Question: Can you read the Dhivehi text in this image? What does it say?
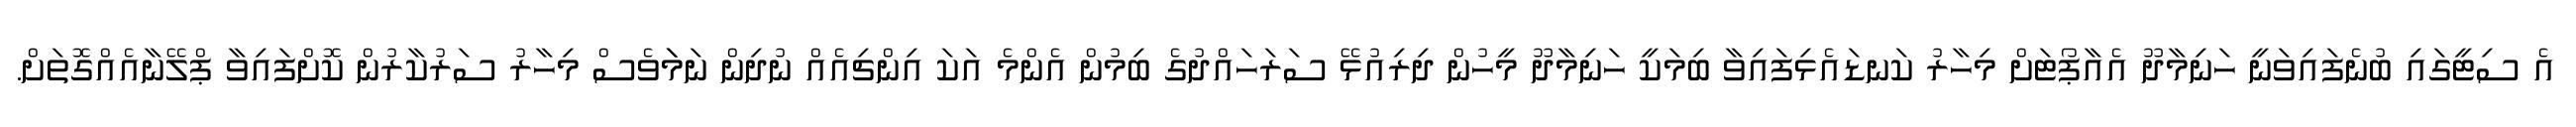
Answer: އެ ސިޓީގައި ބުނެފައިވަނީ ހަނިމާދޫ އެއާޕޯޓަށް މިހާރު ކަނޑައެޅިފައިވާ ބިމަކީ ހަނިމާދޫ މީހުން ދިރިއުޅޭ ސަރަހައްދުގެ ބިމުން އެންމެ އަކަ އިންޗިއެއް ނުދިން ނަމަަވެސް މިހާރު ސަރުކާރުން ކޮށްފައިވާ ޕްލޭނާއެއްގޮތަށް.